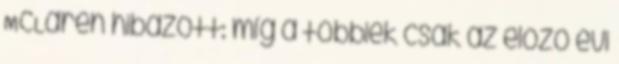
McLaren hibázott: míg a többiek csak az előző évi